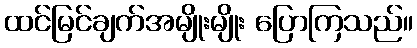
ထင်မြင်ချက်အမျိုးမျိုး ပြောကြသည်။